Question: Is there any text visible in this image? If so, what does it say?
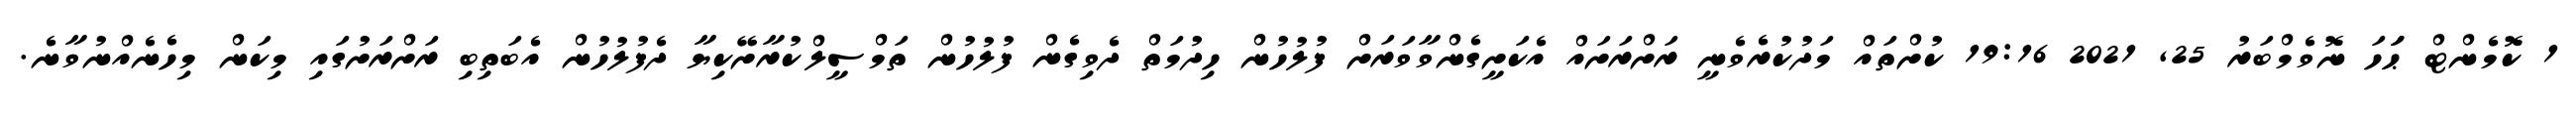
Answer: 1 ކޮމެންޓް ޙަަަހަ ނޮވެމްބަރު 25, 2021 19:16 ކުށްތައް މަދުކުރެވެނީ ރަށްރަށައް އެކަށީގެންވާވަރަށް ފުލުހުން ހިދުމަތް ދެވިގެން ފުލުހުން ތަމްސީލްކުރާށޭކިޔާ ދެފުލުހުން އެބަތިބި ރަށްރަށުގައި މިކަން މިހެނެއްނުވާނެ.